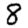
Digit: 8